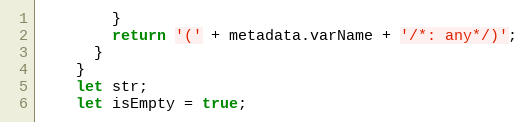
Language: JavaScript
        }
        return '(' + metadata.varName + '/*: any*/)';
      }
    }
    let str;
    let isEmpty = true;